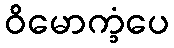
ဝိမောက္ခံပေ